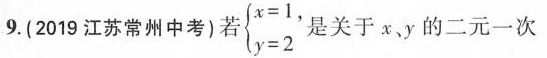
9.(2019江苏常州中考)若 $${ \begin { cases }